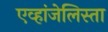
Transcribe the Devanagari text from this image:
एव्हांजेलिस्ता